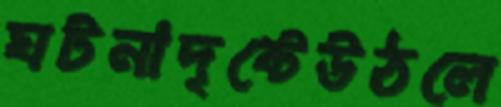
ঘটনাদৃষ্টেউঠলে